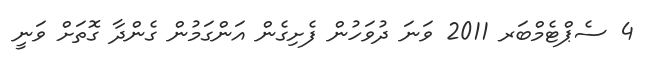
4 ސެޕްޓެމްބަރ 2011 ވަނަ ދުވަހުން ފެށިގެން އަންގަމުން ގެންދާ ގޮތަށް ވަނީ